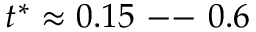
\smash { t ^ { * } \approx 0 . 1 5 \mathrm { ~ -- ~ } 0 . 6 }